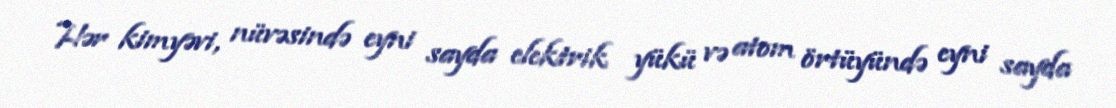
Hər kimyəvi, nüvəsində eyni sayda elektrik yükü və atom örtüyündə eyni sayda